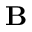
\mathbf { B }